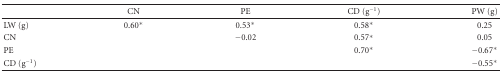
<table><thead><tr><td><b> </b></td><td><b>CN</b></td><td><b>PE </b></td><td><b>CD (g<sup>−1</sup>)</b></td><td><b>PW (g)</b></td></tr></thead><tbody><tr><td>LW (g)</td><td>0.60*</td><td>0.53*</td><td>0.58*</td><td>0.25</td></tr><tr><td>CN</td><td> </td><td>−0.02</td><td>0.57*</td><td>0.05</td></tr><tr><td>PE</td><td> </td><td> </td><td>0.70*</td><td>−0.67*</td></tr><tr><td>CD (g<sup>−1</sup>)</td><td> </td><td> </td><td> </td><td>−0.55*</td></tr></tbody></table>